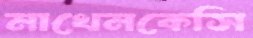
মাখেনকেসি